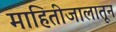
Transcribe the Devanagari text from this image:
माहितीजालातून